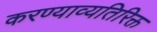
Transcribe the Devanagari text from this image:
करण्याव्यतिरिक्त